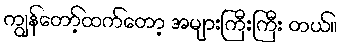
ကျွန်တော့်ထက်တော့ အများကြီးကြီး တယ်။